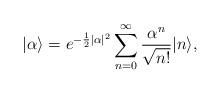
LaTeX: \begin{align*} |\alpha\rangle=e^{-\frac12|\alpha|^2}\sum_{n=0}^{\infty} \frac{\alpha^n}{\sqrt{n!}}|n\rangle,\end{align*}